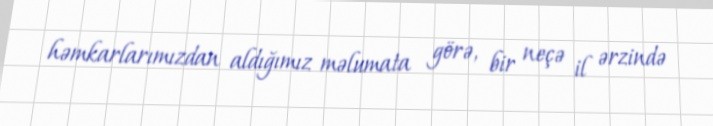
həmkarlarımızdan aldığımız məlumata görə, bir neçə il ərzində